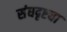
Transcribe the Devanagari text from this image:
संघदृष्ट्या